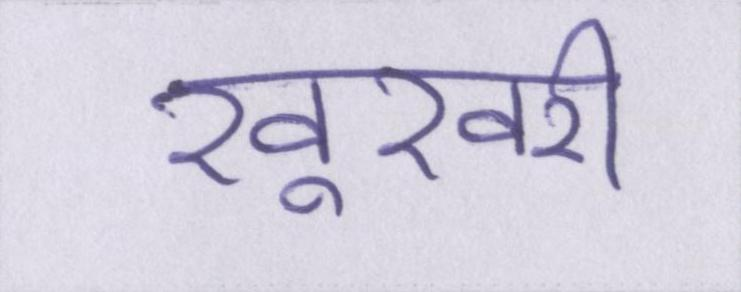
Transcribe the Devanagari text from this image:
खूखरी